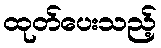
ထုတ်ပေးသည့်